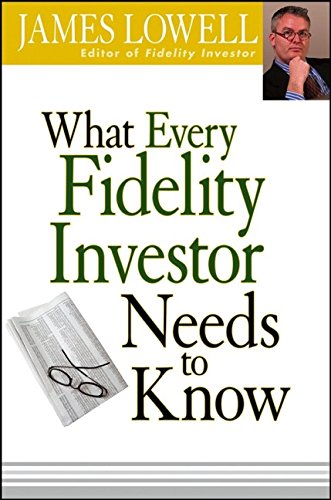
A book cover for What Every Fidelity Investor Needs to Know; James Lowell; Business & Money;